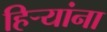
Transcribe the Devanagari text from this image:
हिर्‍यांना